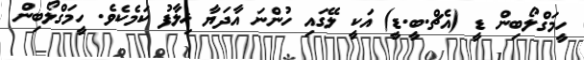
ހީމަގްލޯބިން ޑީ (އެޗް.ބީ.ޑީ) އަކީ ލޭގައި ހުންނަ އާދަޔާ ޚިލާފު ކަމެކެވެ. ހީމަގްލޯބިން